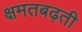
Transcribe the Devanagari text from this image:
क्षमतबढ़ती